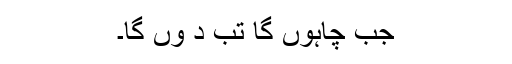
جب چاہوں گا تب د وں گا۔